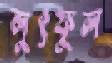
লুৎফুল